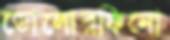
ডোলোরফিনো